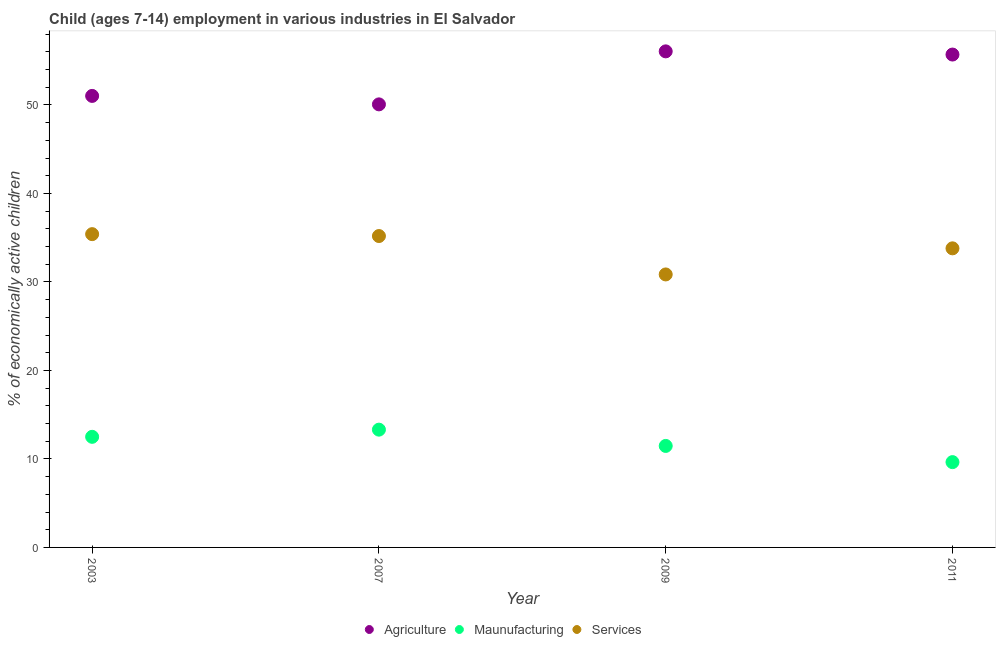
| Year | Agriculture | Maunufacturing | Services |
 | --- | --- | --- | --- |
 | 2003 | 51 | 12.5 | 35.4 |
 | 2007 | 50.1 | 13.3 | 35.2 |
 | 2009 | 56.1 | 11.5 | 30.9 |
 | 2011 | 55.7 | 9.64 | 33.8 |